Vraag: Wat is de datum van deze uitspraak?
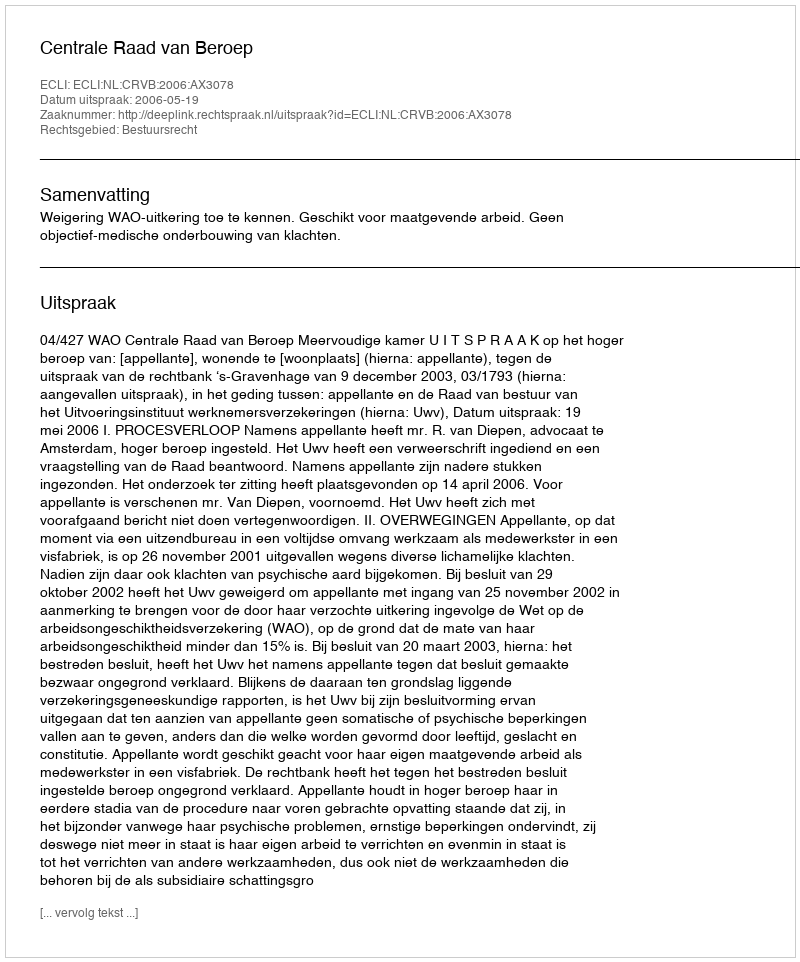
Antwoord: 2006-05-19